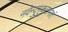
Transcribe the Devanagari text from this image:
नवेन्दुमुकुटाभातं